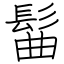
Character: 髷